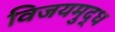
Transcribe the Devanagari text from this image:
विजयमुद्ध